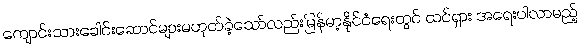
ကျောင်းသားခေါင်းဆောင်များမဟုတ်ခဲ့သော်လည်းမြန်မာ့နိုင်ငံရေးတွင် ထင်ရှား အရေးပါလာမည့်